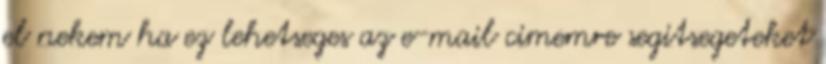
el nekem ha ez lehetseges az e-mail cimemre segitsegeteket